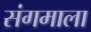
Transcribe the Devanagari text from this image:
संगमाला